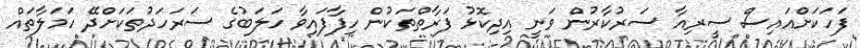
ފަހަކަށްއައިސް ސީރިއާ ސަރުކާރުން ވަނީ އިދިކޮޅު ފަރާތްތަކުން ހިފާފައިވާ ހަލަބުގެ ސަރަހަދުތަކަށްދޭ ހަމަލާތައް